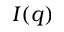
I ( q )